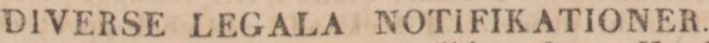
DIVERSE LEGALA NOTIFIKATIONER.